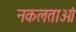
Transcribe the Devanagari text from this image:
नकलताओं